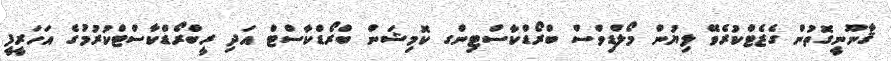
ޤާނޫނީގޮތުން ގެޒެޓްކުރެވޭ ލިޔުން މޯލްޑިވްސް ބްރޯޑްކާސްޓިންގ ކޮމިޝަން ބްރޯޑްކާސްޓް އަދި ރީބްރޯޑްކާސްޓްކުރުމުގެ އަހަރީފީ